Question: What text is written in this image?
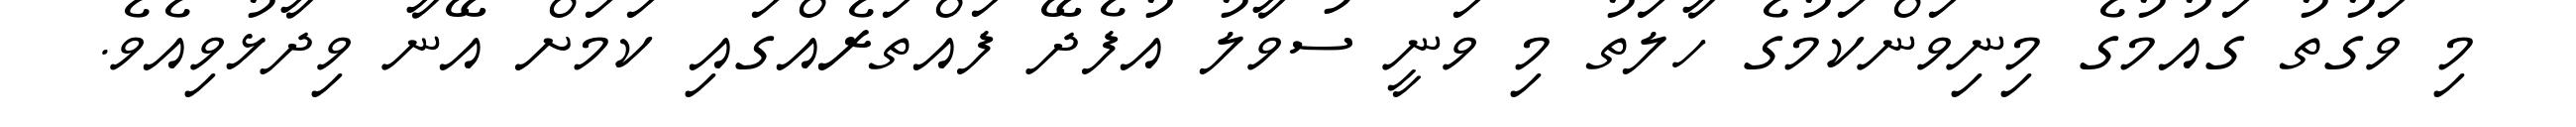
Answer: މި ވަގުތު ގައުމުގެ މިނިވަންކަމުގެ ހާލަތު މި ވަނީ ސުވާލު އުފެދޭ ފައްތަރެއްގައި ކަމަށް އޭނާ ވިދާޅުވިއެވެ.